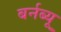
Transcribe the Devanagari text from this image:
बर्नब्यू